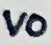
Text: VO